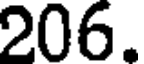
206.